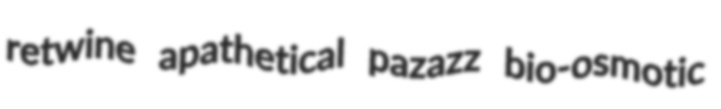
retwine apathetical pazazz bio-osmotic